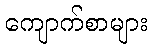
ကျောက်စာများ